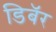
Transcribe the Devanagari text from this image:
डिबॅर